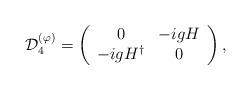
LaTeX: \begin{align*}{\cal D}^{(\varphi)}_{4}=\left( \begin{array}{cc} 0 & -i g H \\ -i g H^{\dagger} & 0 \end{array} \right),\end{align*}